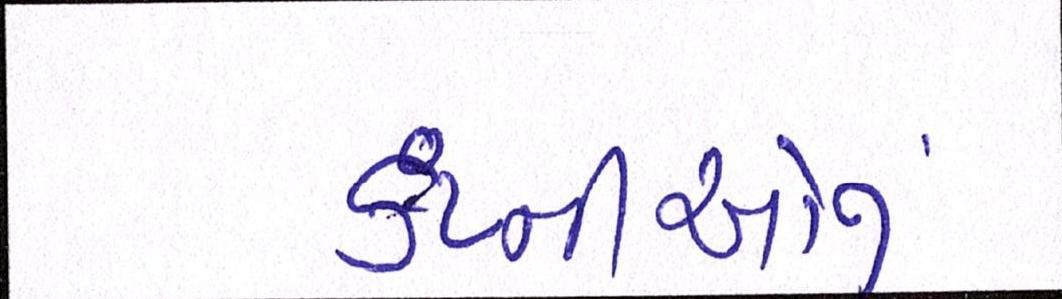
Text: કંપ્નીઓનું